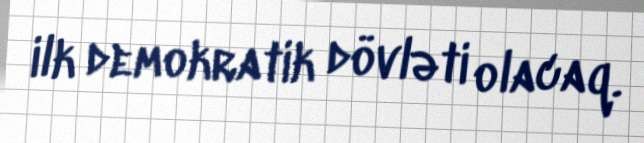
ilk demokratik dövləti olacaq.